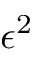
\epsilon ^ { 2 }